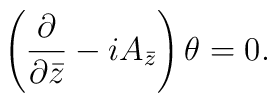
\left(\frac{\partial}{\partial \bar{z}}-i A_{\bar{z}}\right) \theta=0.